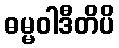
ဓမ္မဝါဒီတိပိ